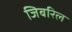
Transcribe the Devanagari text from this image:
जिबरिल